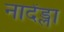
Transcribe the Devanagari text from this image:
नादेंड्ला